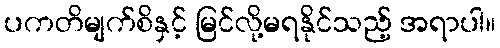
ပကတိမျက်စိနှင့် မြင်လို့မရနိုင်သည့် အရာပါ။